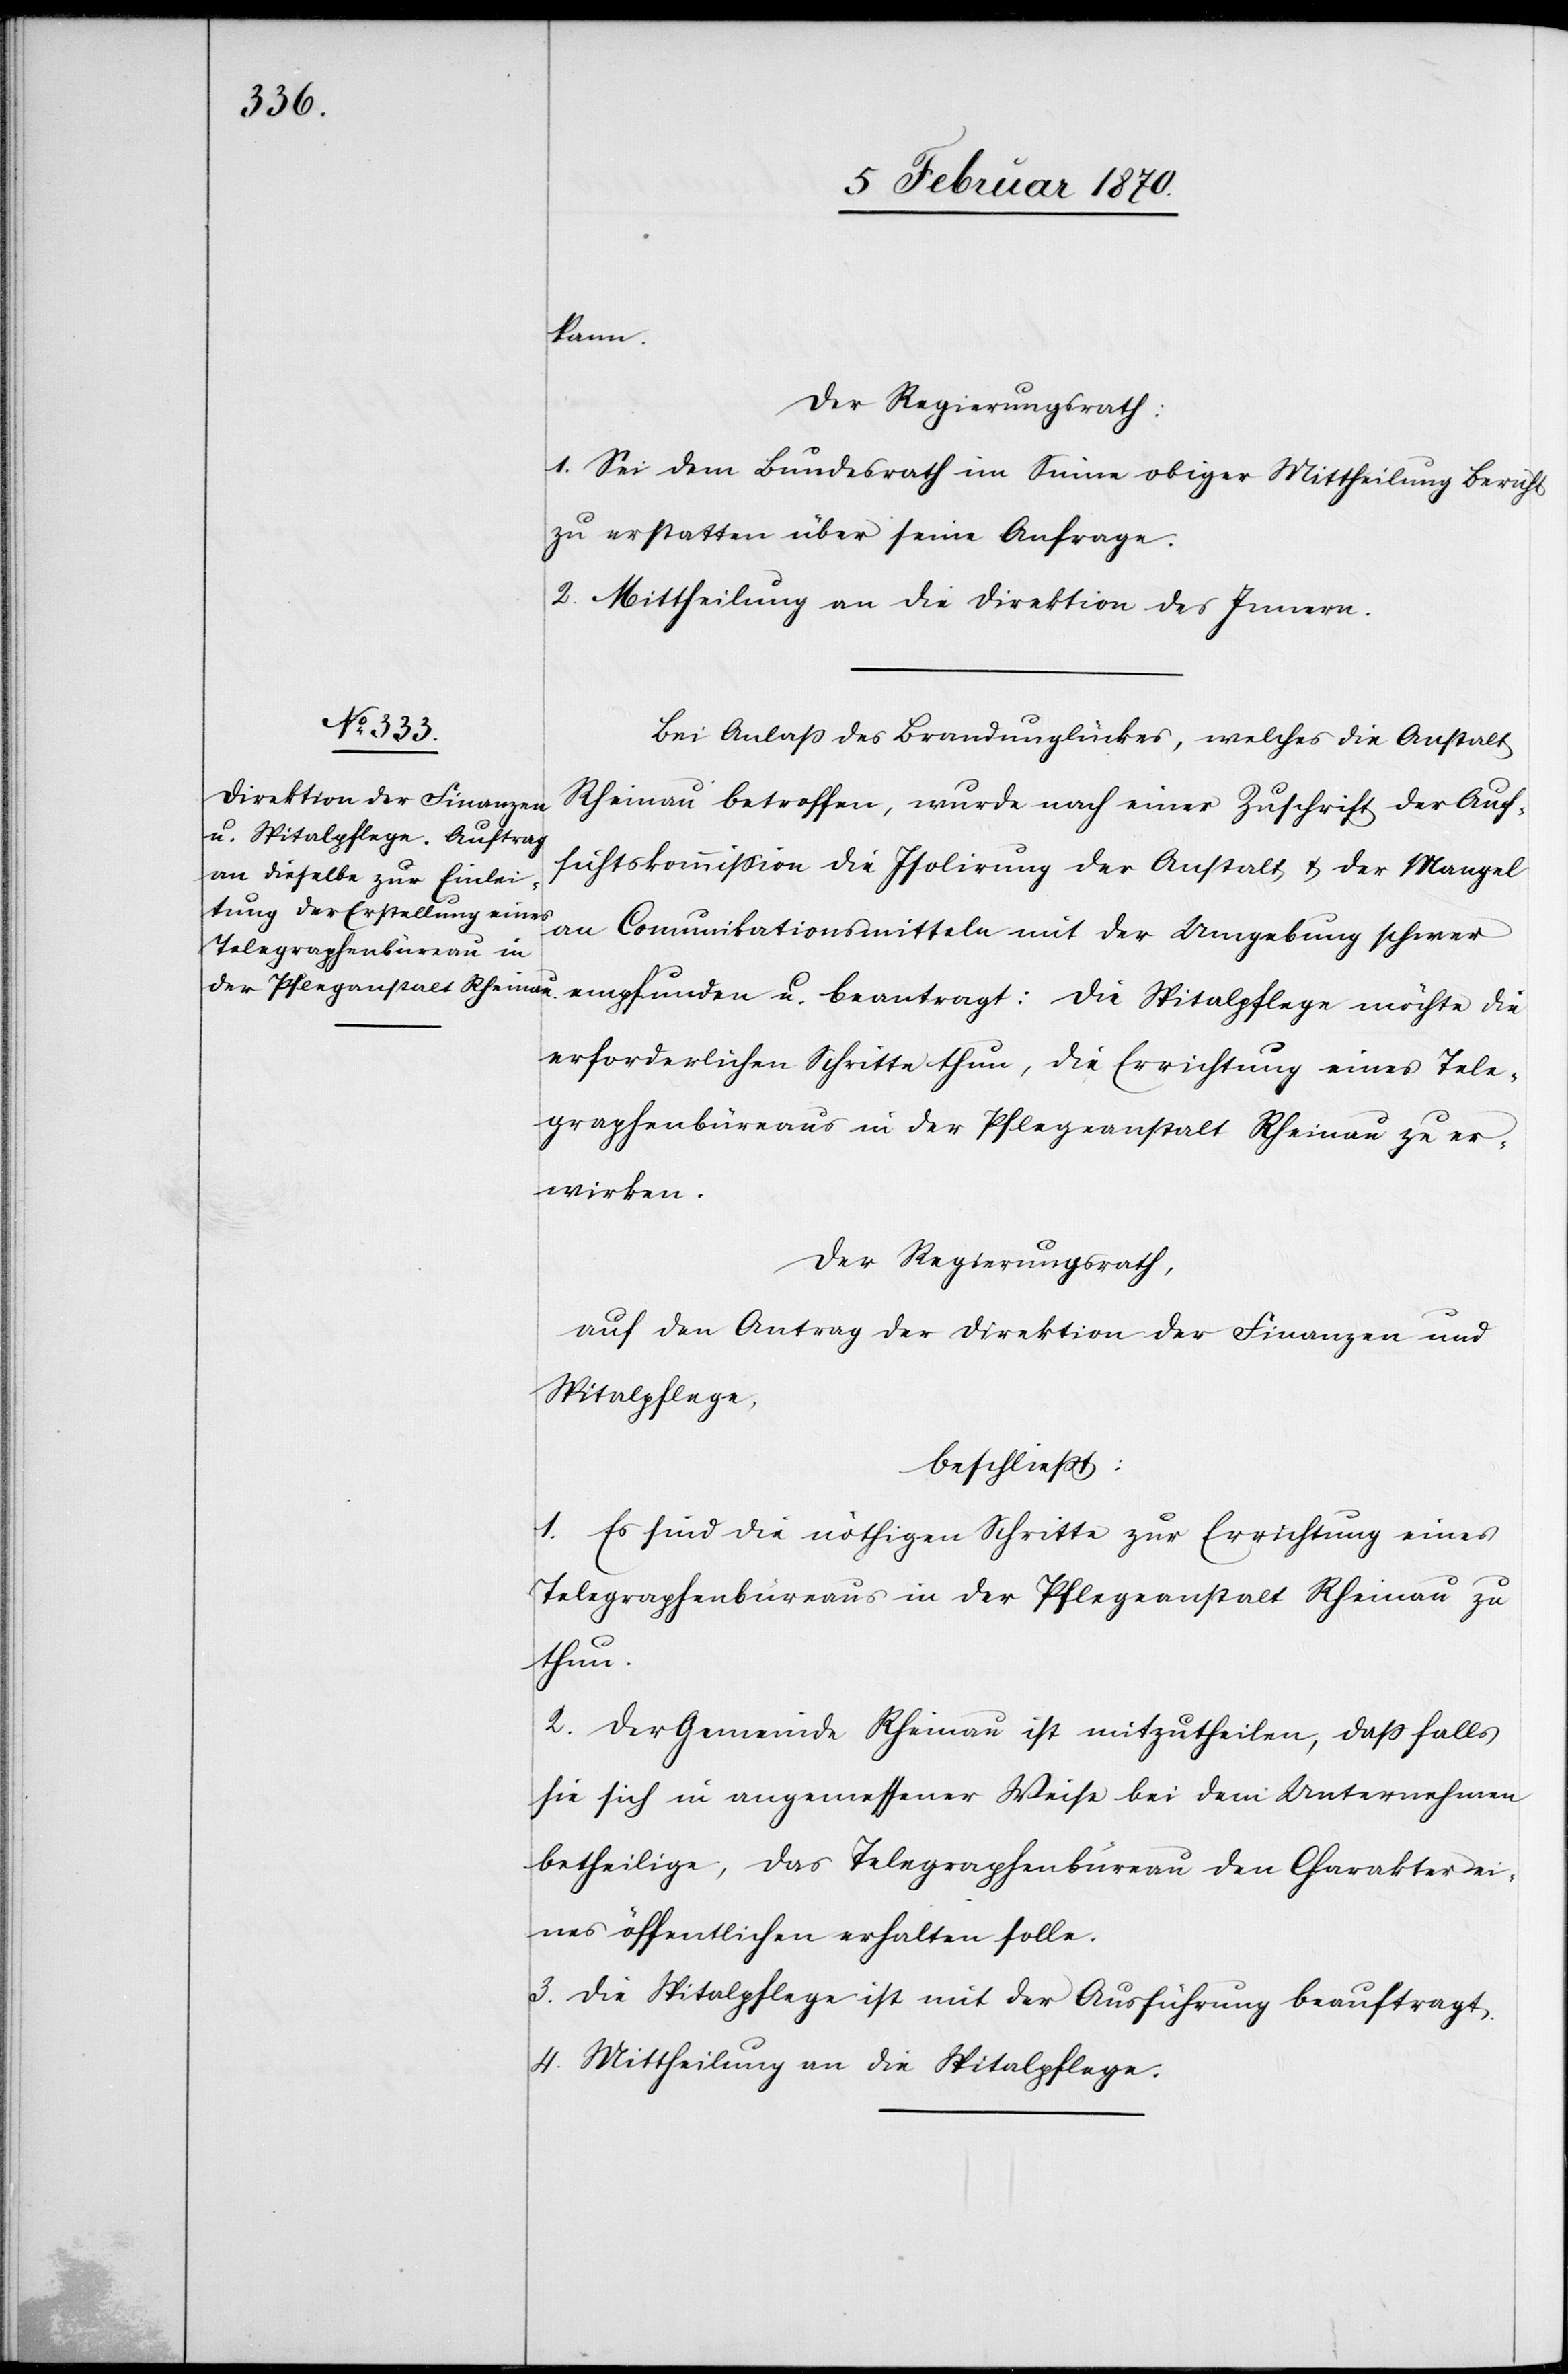
kann.
Der Regierungsrath:
1. Sei dem Bundesrath im Sinne obiger Mittheilung Bericht
zu erstatten über seine Anfrage.
2. Mittheilung an die Direktion des Innern.
Bei Anlaß des Brandunglückes, welches die Anstalt
Rheinau betroffen, wurde nach einer Zuschrift der Auf¬
sichtskommission die Isolirung der Anstalt & der Mangel
an Comunikationsmitteln mit der Umgebung schwer
erforderlichen Schritte thun, die Errichtung eines Tele¬
graphenbüreaus in der Pflegeanstalt Rheinau zu er¬
wirken.
Der Regierungsrath,
auf den Antrag der Direktion der Finanzen und
Spitalpflege,
beschliesst:
1. Es sind die nöthigen Schritte zur Errichtung eines
Telegraphenbüreaus in der Pflegeanstalt Rheinau zu
thun.
2. Der Gemeinde Rheinau ist mitzutheilen, dass falls
sie sich in angemessener Weise bei dem Unternehmen
betheilige, das Telegraphenbüreau den Charakter ei¬
nes öffentlichen erhalten solle.
3. Die Spitalpflege ist mit der Ausführung beauftragt.
4. Mittheilung an die Spitalpflege.